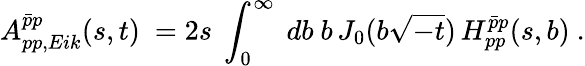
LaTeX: A_{pp,Eik}^{\bar{p}p}(s,t)\ =2s\ \int_{0}^{\infty}\ db\ b\, J_{0}(b\sqrt{-t})\, H_{pp}^{\bar{p}p}(s,b)\ .